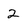
Character: 2